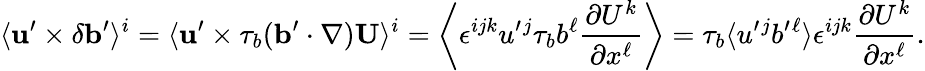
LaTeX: \langle{{\mathbf{u}}^{\prime}\times\delta{\mathbf{b}}^{\prime}}\rangle^{i}=\langle{{\mathbf{u}}^{\prime}\times\tau_{b}({\mathbf{b}}^{\prime}\cdot\nabla){\mathbf{U}}}\rangle^{i}=\left\langle{\epsilon^{ijk}u^{\prime}{}^{j}\tau_{b}b^{\ell}\frac{\partial U^{k}}{\partial x^{\ell}}}\right\rangle=\tau_{b}\langle{u^{\prime}{}^{j}b^{\prime}{}^{\ell}}\rangle\epsilon^{ijk}\frac{\partial U^{k}}{\partial x^{\ell}}.